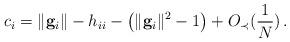
LaTeX: \begin{align*}c_i=\|\mathbf{g}_i\| -h_{ii}-\big( \|\mathbf{g}_i\| ^2-1\big)+O_\prec(\frac{1}{N})\,. \end{align*}